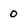
Character: 0